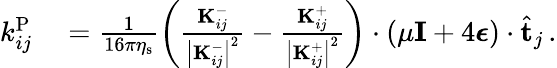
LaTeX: \begin{array}{rl}{k_{ij}^{\mathrm{P}}}&{{}=\frac{1}{16\pi\eta_{\mathrm{s}}}\left(\frac{\mathbf{K}_{ij}^{-}}{\left|\mathbf{K}_{ij}^{-}\right|^{2}}-\frac{\mathbf{K}_{ij}^{+}}{\left|\mathbf{K}_{ij}^{+}\right|^{2}}\right)\cdot\left(\mu\mathbf{I}+4\boldsymbol{\epsilon}\right)\cdot\hat{\mathbf{t}}_{j}\, .}\end{array}